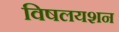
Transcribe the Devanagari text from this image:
विषलयशन